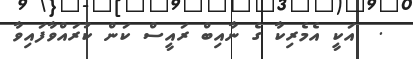
.  އަކީ އެމެރިކާ ގެ ނާއިބް ރައީސް ކަން ކުރައްވާފައިވާ